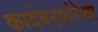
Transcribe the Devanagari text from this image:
कादंबर्‍यांपेक्षा